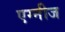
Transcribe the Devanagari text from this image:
एग्नीज